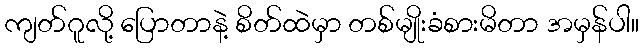
ကျတ်ဂူလို့ ပြောတာနဲ့ စိတ်ထဲမှာ တစ်မျိုးခံစားမိတာ အမှန်ပါ။